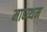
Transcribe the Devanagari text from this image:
माध्य्थम